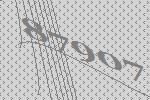
87907